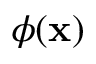
\phi ( \mathbf { x } )